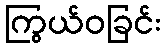
ကြွယ်ဝခြင်း